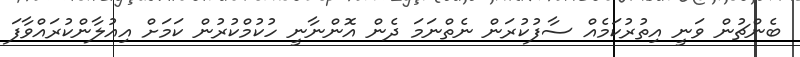
ބެންޗުން ވަނީ އިތުރުކަމެއް ސާފުކުރަން ނެތްނަމަ ދެން އޮންނާނީ ހުކުމްކުރުން ކަމަށް އިއުލާންކުރައްވާފަ